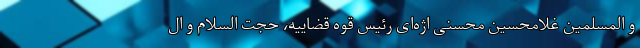
و المسلمین غلامحسین محسنی اژه‌ای رئیس قوه قضاییه، حجت السلام و ال